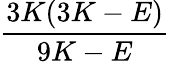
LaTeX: \frac{3K(3K-E)}{9K-E}